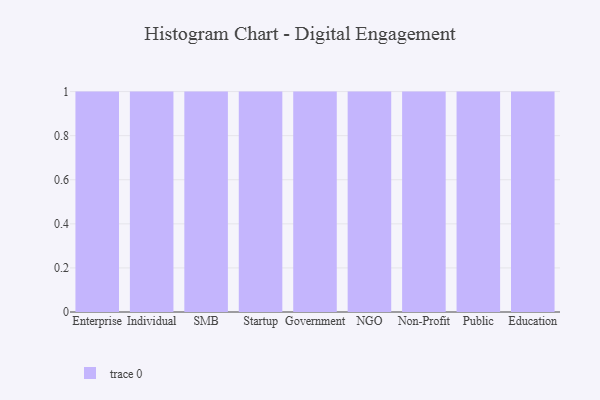
{"axis": {"x": "Segment", "y": "Website Visitors"}, "legend": [""], "data": [{"x": "Enterprise", "y": 56, "type": ""}, {"x": "Individual", "y": 74, "type": ""}, {"x": "SMB", "y": 70, "type": ""}, {"x": "Startup", "y": 83, "type": ""}, {"x": "Government", "y": 97, "type": ""}, {"x": "NGO", "y": 15, "type": ""}, {"x": "Non-Profit", "y": 46, "type": ""}, {"x": "Public", "y": 2, "type": ""}, {"x": "Education", "y": 23, "type": ""}]}